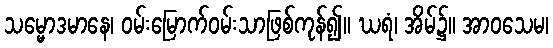
သမ္မောဒမာနေ၊ ဝမ်းမြောက်ဝမ်းသာဖြစ်ကုန်၍။ ဃရံ၊ အိမ်၌။ အာဝသေမ၊